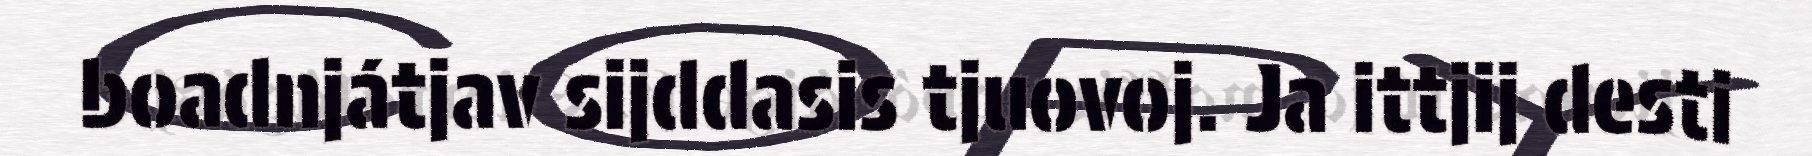
boadnjátjav sijddasis tjuovoj. Ja ittjij desti